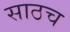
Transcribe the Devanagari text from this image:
साठच